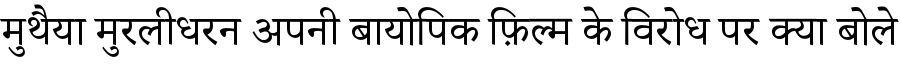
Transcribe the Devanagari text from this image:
मुथैया मुरलीधरन अपनी बायोपिक फ़िल्म के विरोध पर क्या बोले